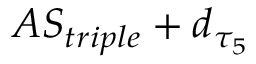
A S _ { t r i p l e } + d _ { \tau _ { 5 } }